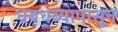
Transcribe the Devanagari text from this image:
धबधब्यापासून